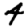
Digit: 4